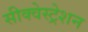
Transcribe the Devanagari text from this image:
सीक्वेस्ट्रेशन